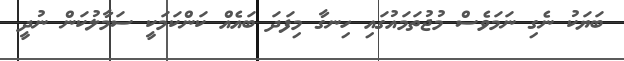
ބަޔަކު ނެގި ނަމަވެސް މުޖުތަމައުގައި ހިނގާ މިފަދަ ބައެއް ކަންކަމަކީ ސަމާލުކަން ނުދީ